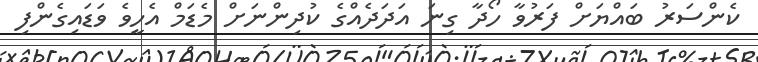
ކެންސަރު ބައްޔަށް ފަރުވާ ހޯދާ ގިނަ އަދަދެއްގެ ކުދިންނަށް މެޑަމް އެހީވެ ވަޑައިގެންފި